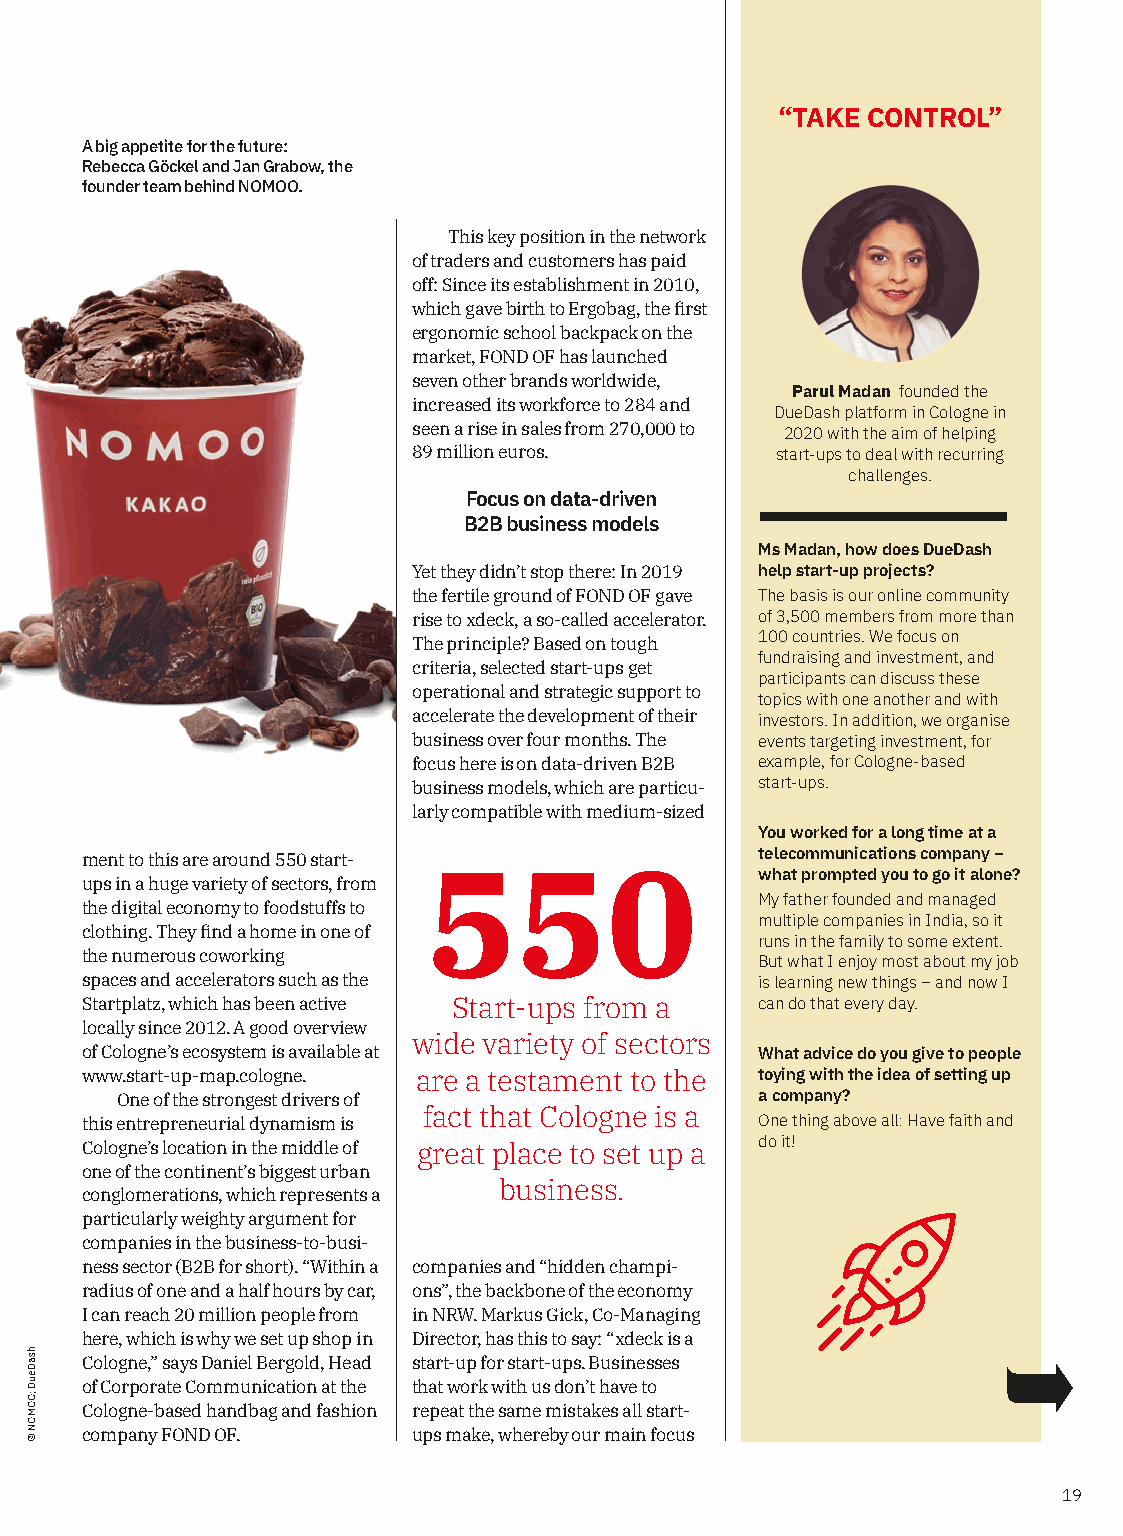
“TAKE CONTROL”
 A big appetite for the future:
 Rebecca Göckel and Jan Grabow, the
 founder team behind NOMOO.
 This key position in the network
 of traders and customers has paid
 off: Since its establishment in 2010,
 which gave birth to Ergobag, the first
 ergonomic school backpack on the
 market, FOND OF has launched
 seven other brands worldwide,
 Parul Madan founded the
 increased its workforce to 284 and
 DueDash platform in Cologne in
 seen a rise in sales from 270,000 to 2020 with the aim of helping
 89 million euros.       start-ups to deal with recurring
 challenges.
 Focus on data-driven
 B2B business models
 Ms Madan, how does DueDash
 Yet they didn’t stop there: In 2019 help start-up projects?
 the fertile ground of FOND OF gave The basis is our online community
 rise to xdeck, a so-called accelerator. of 3,500 members from more than
 100 countries. We focus on
 The principle? Based on tough
 fundraising and investment, and
 criteria, selected start-ups get
 participants can discuss these
 operational and strategic support to
 topics with one another and with
 accelerate the development of their investors. In addition, we organise
 business over four months. The events targeting investment, for
 focus here is on data-driven B2B example, for Cologne-based
 business models, which are particu- start-ups.
 larly compatible with medium-sized
 You worked for a long time at a
 ment to this are around 550 start-           telecommunications company –
 ups in a huge variety of sectors, from 550   what prompted you to go it alone?
 My father founded and managed
 the digital economy to foodstuffs to
 multiple companies in India, so it
 clothing. They find a home in one of
 runs in the family to some extent.
 the numerous coworking
 But what I enjoy most about my job
 spaces and accelerators such as the          is learning new things – and now I
 Startplatz, which has been active Start-ups from a can do that every day.
 locally since 2012. A good overview
 wide variety of sectors
 of Cologne’s ecosystem is available at       What advice do you give to people
 www.start-up-map.cologne. are a testament to the toying with the idea of setting up
 One of the strongest drivers of           a company?
 fact that Cologne is a
 this entrepreneurial dynamism is             One thing above all: Have faith and
 do it!
 Cologne’s location in the middle of great place to set up a
 one of the continent’s biggest urban
 business.
 conglomerations, which represents a
 particularly weighty argument for
 companies in the business-to-busi-
 ness sector (B2B for short). “Within a companies and “hidden champi-
 radius of one and a half hours by car, ons”, the backbone of the economy
 I can reach 20 million people from in NRW. Markus Gick, Co-Managing
 here, which is why we set up shop in Director, has this to say: “xdeck is a
 Cologne,” says Daniel Bergold, Head start-up for start-ups. Businesses
 of Corporate Communication at the that work with us don’t have to
 Cologne-based handbag and fashion repeat the same mistakes all start-
 company FOND OF.      ups make, whereby our main focus
 19
 hsaDeuD
 ;OOMON
 ©